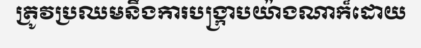
ត្រូវប្រឈមនឹងការបង្ក្រាបយ៉ាងណាក៏ដោយ